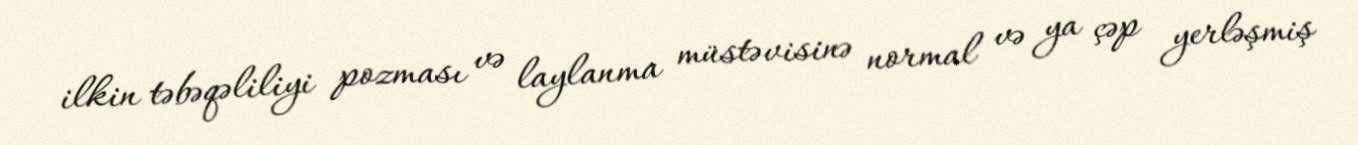
ilkin təbəqəliliyi pozması və laylanma müstəvisinə normal və ya çəp yerləşmiş